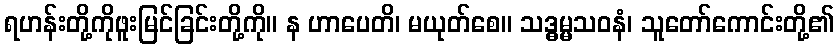
ရဟန်းတို့ကိုဖူးမြင်ခြင်းတို့ကို။ န ဟာပေတိ၊ မယုတ်စေ။ သဒ္ဓမ္မသဝနံ၊ သူတော်ကောင်းတို့၏